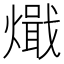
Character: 𰟧